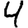
Digit: 4